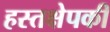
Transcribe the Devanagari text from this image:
हस्तक्षेपकी